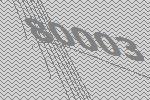
80003